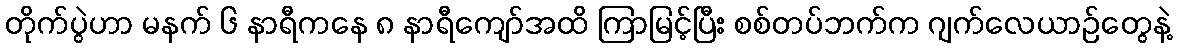
တိုက်ပွဲဟာ မနက် ၆ နာရီကနေ ၈ နာရီကျော်အထိ ကြာမြင့်ပြီး စစ်တပ်ဘက်က ဂျက်လေယာဉ်တွေနဲ့